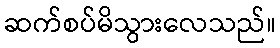
ဆက်စပ်မိသွားလေသည်။